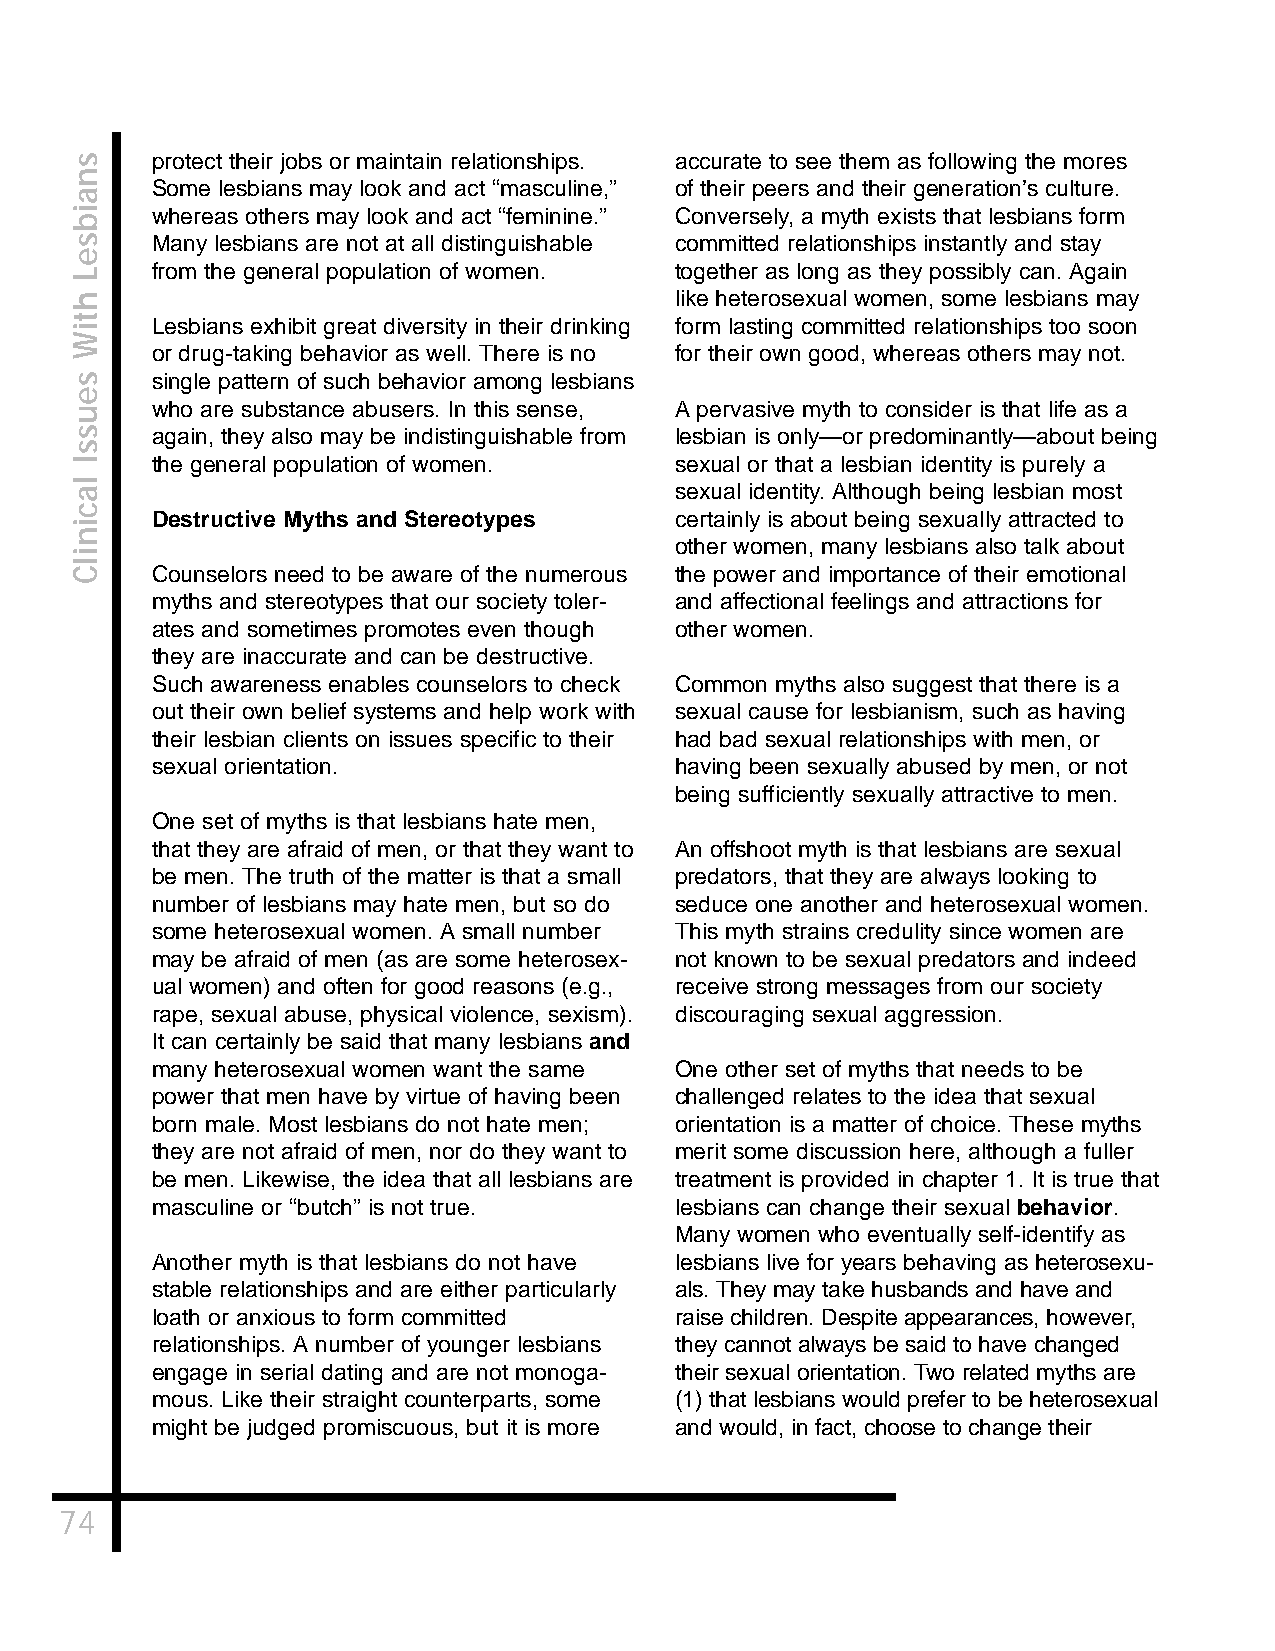
protect their jobs or maintain relationships. accurate to see them as following the mores
 Some lesbians may look and act “masculine,” of their peers and their generation’s culture.
 whereas others may look and act “feminine.” Conversely, a myth exists that lesbians form
 Many lesbians are not at all distinguishable committed relationships instantly and stay
 from the general population of women. together as long as they possibly can. Again
 like heterosexual women, some lesbians may
 Lesbians exhibit great diversity in their drinking form lasting committed relationships too soon
 or drug-taking behavior as well. There is no for their own good, whereas others may not.
 single pattern of such behavior among lesbians
 who are substance abusers. In this sense, A pervasive myth to consider is that life as a
 again, they also may be indistinguishable from lesbian is only—or predominantly—about being
 the general population of women.   sexual or that a lesbian identity is purely a
 sexual identity. Although being lesbian most
 Destructive Myths and Stereotypes  certainly is about being sexually attracted to
 other women, many lesbians also talk about
 Counselors need to be aware of the numerous the power and importance of their emotional
 myths and stereotypes that our society toler- and affectional feelings and attractions for
 ates and sometimes promotes even though other women.
 they are inaccurate and can be destructive.
 Such awareness enables counselors to check Common myths also suggest that there is a
 out their own belief systems and help work with sexual cause for lesbianism, such as having
 their lesbian clients on issues specific to their had bad sexual relationships with men, or
 sexual orientation.                having been sexually abused by men, or not
 being sufficiently sexually attractive to men.
 One set of myths is that lesbians hate men,
 that they are afraid of men, or that they want to An offshoot myth is that lesbians are sexual
 be men. The truth of the matter is that a small predators, that they are always looking to
 number of lesbians may hate men, but so do seduce one another and heterosexual women.
 some heterosexual women. A small number This myth strains credulity since women are
 may be afraid of men (as are some heterosex- not known to be sexual predators and indeed
 ual women) and often for good reasons (e.g., receive strong messages from our society
 rape, sexual abuse, physical violence, sexism). discouraging sexual aggression.
 It can certainly be said that many lesbians and
 many heterosexual women want the same One other set of myths that needs to be
 power that men have by virtue of having been challenged relates to the idea that sexual
 born male. Most lesbians do not hate men; orientation is a matter of choice. These myths
 they are not afraid of men, nor do they want to merit some discussion here, although a fuller
 be men. Likewise, the idea that all lesbians are treatment is provided in chapter 1. It is true that
 masculine or “butch” is not true.  lesbians can change their sexual behavior.
 Many women who eventually self-identify as
 Another myth is that lesbians do not have lesbians live for years behaving as heterosexu-
 stable relationships and are either particularly als. They may take husbands and have and
 loath or anxious to form committed raise children. Despite appearances, however,
 relationships. A number of younger lesbians they cannot always be said to have changed
 engage in serial dating and are not monoga- their sexual orientation. Two related myths are
 mous. Like their straight counterparts, some (1) that lesbians would prefer to be heterosexual
 might be judged promiscuous, but it is more and would, in fact, choose to change their
 74
 snaibseL
 htiW
 seussI
 lacinilC